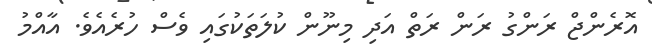
އޮރެންޖް ރަންގު ރަން ރަތް އަދި މިނޫން ކުލަތަކުގައި ވެސް ހުރެއެވެ. އާއްމު